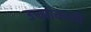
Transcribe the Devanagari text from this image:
उच्चांकाची